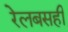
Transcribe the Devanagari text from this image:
रेलबसही